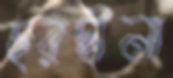
ছরছীনা